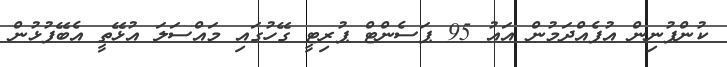
ކުންފުނިން އުފެއްދަމުން އައު 95 ޕަސެންޓް ޕުރިޓީ ގޭހުގައި މައްސަލަ އުޅޭތީ އެބޭފުޅުން